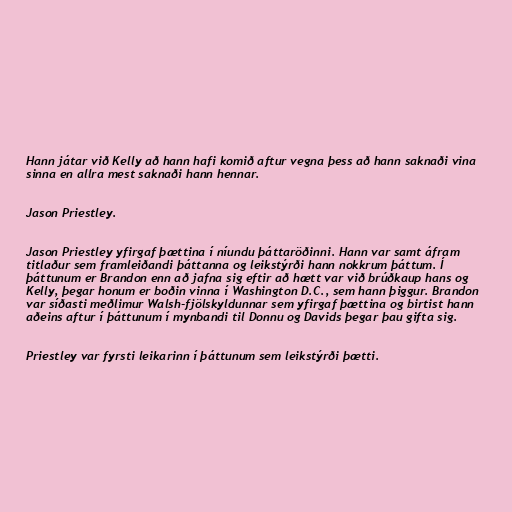
Hann játar við Kelly að hann hafi komið aftur vegna þess að hann saknaði vina
sinna en allra mest saknaði hann hennar.

Jason Priestley.

Jason Priestley yfirgaf þættina í níundu þáttaröðinni. Hann var samt áfram
titlaður sem framleiðandi þáttanna og leikstýrði hann nokkrum þáttum. Í
þáttunum er Brandon enn að jafna sig eftir að hætt var við brúðkaup hans og
Kelly, þegar honum er boðin vinna í Washington D.C., sem hann þiggur. Brandon
var síðasti meðlimur Walsh-fjölskyldunnar sem yfirgaf þættina og birtist hann
aðeins aftur í þáttunum í mynbandi til Donnu og Davids þegar þau gifta sig.

Priestley var fyrsti leikarinn í þáttunum sem leikstýrði þætti.